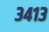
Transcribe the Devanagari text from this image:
३४१३